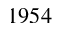
1 9 5 4